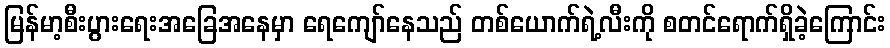
မြန်မာ့စီးပွားရေးအခြေအနေမှာ ရေကျော်နေသည် တစ်ယောက်ရဲ့လီးကို စတင်ရောက်ရှိခဲ့ကြောင်း